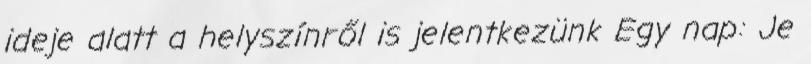
ideje alatt a helyszínről is jelentkezünk Egy nap: Je